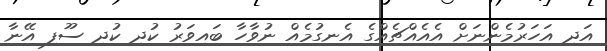
އަދި އަހަރުމެންނަށް އެއެއްޗެއްގެ އެނގުމެއް ނުވާހާ ބައިވަރު ކުދި ކުދި ސޫފި އޭނާ